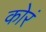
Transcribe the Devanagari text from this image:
कोरं